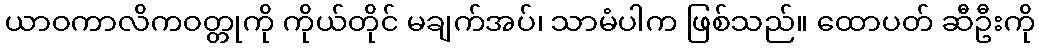
ယာဝကာလိကဝတ္တုကို ကိုယ်တိုင် မချက်အပ်၊ သာမံပါက ဖြစ်သည်။ ထောပတ် ဆီဦးကို